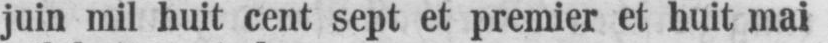
juin mil huit cent sept et premier et huit mai